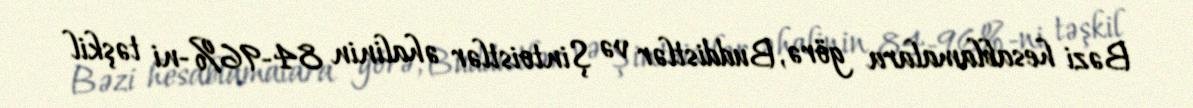
Bəzi hesablamalara görə, Buddistlər və Şintoistlər əhalinin 84-96%-ni təşkil